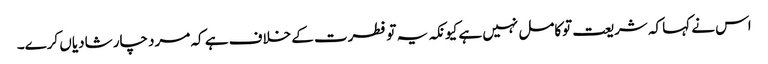
اس نے کہا کہ شریعت توکامل نہیں ہے کیونکہ یہ تو فطرت کے خلاف ہے کہ مرد چار شادیاں کرے۔